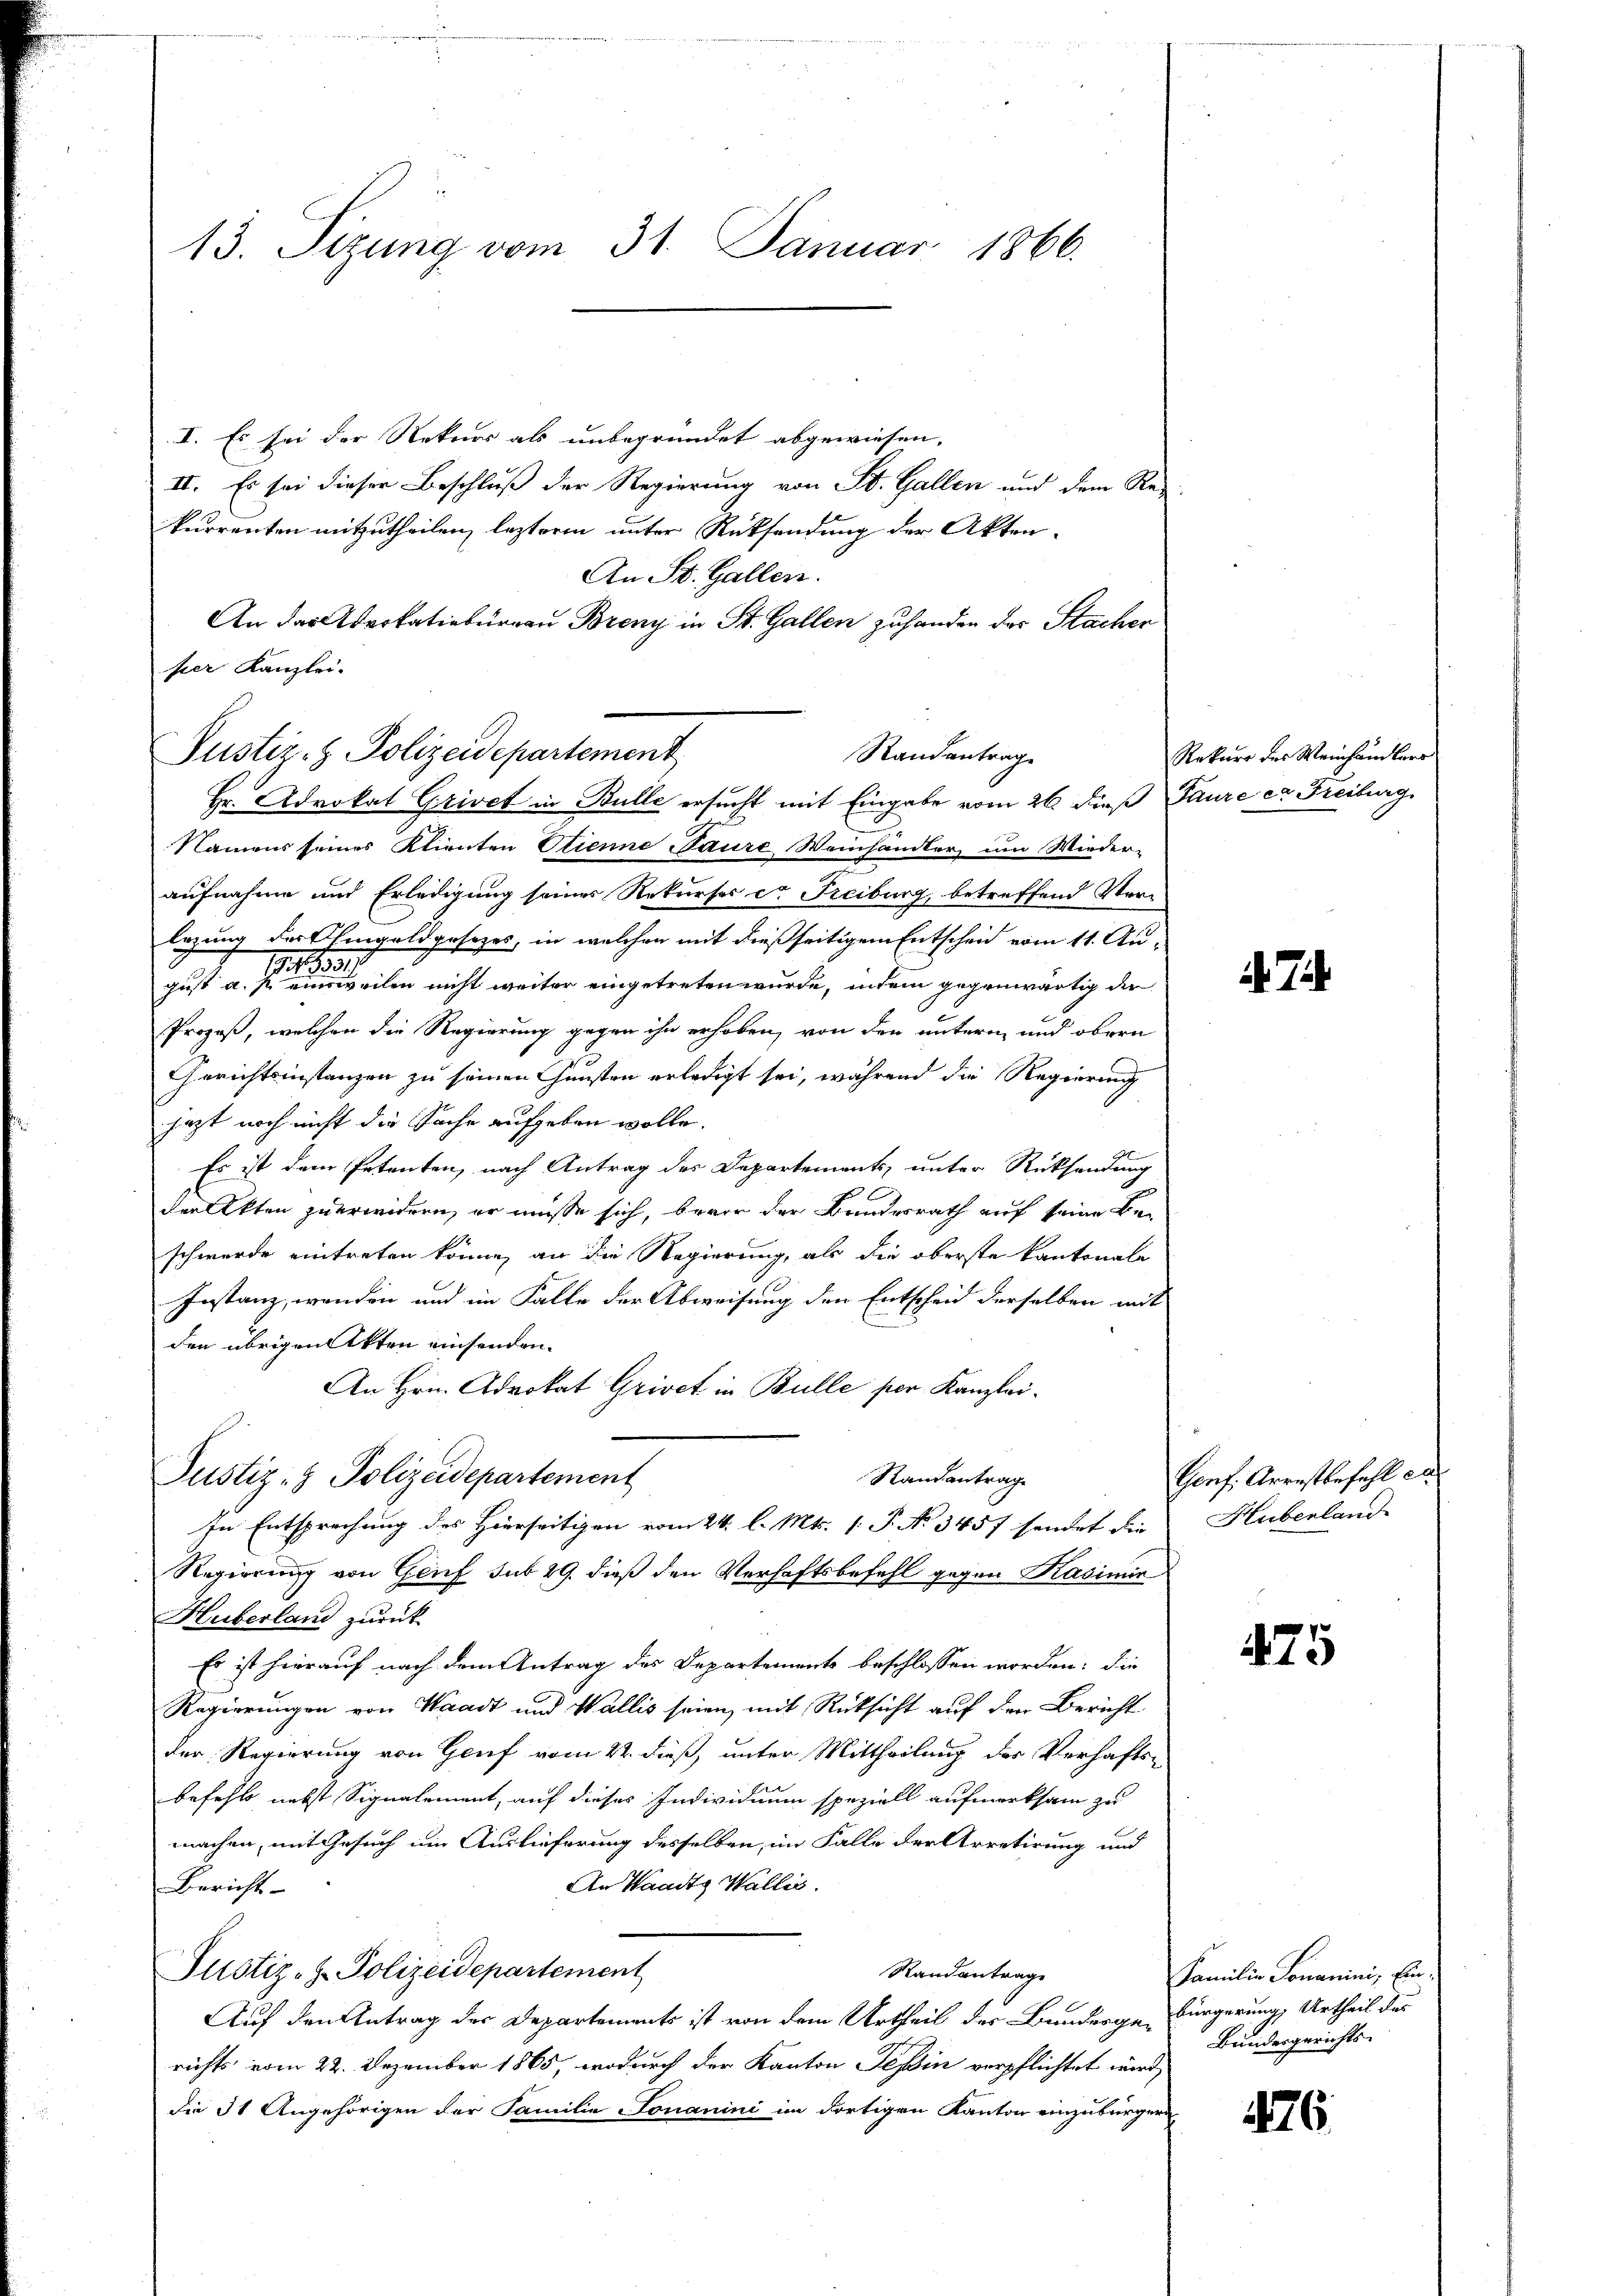
13. Sizung vom 31. Januar 1866.

I. Es sei der Rekurs als unbegründet abgewiesen,
II. Es sei dieser Beschluß der Regierung von St. Gallen und dem Re-
kurrenten mitzutheilen, lezterm unter Rücksendung der Akten¬
An St. Gallen.
An das Advokatioburgau Breny in St. Gallen zuhanden der Stacher
Namens seines Klienten Stienne Paure Weinhändler um Wieder-
aufnahme und Erledigung seines Rekurses er Freiburg, betreffend Verlegung der Eingoldgesezes, in welchen mit dießseitigem Entschein vom 11. Au¬
7
gust a. p. einsweilen nicht weiter eingetreten wurde, indem gegenwärtig der
Prozeß, welchen die Regierung gegen ihn erhoben, von den untern und obern
Gerichtsinstanzen zu seinen Gunsten erledigt sei, während die Regierung
jetzt noch nicht die Sache aufgeben wolle.
Es ist dem Petenten, nach Antrag des Departements, unter Rücksendung
der Akten zuerwidern, er müsse sich, bevor der Bundesrath auf seine Be-
schwerde eintreten könne, an die Regierung, als die oberste Kantonale
Instanz, wenden und im Falle der Abweisung den Entscheid derselben mit
den übrigen Akten einsenden.
An Hrn. Advokat Grivct in Bulle per Kanzlei.
Randantrag
Justiz- & Polizeidepartement
In Entsprechung des Hierseitigen vom 24. l. Mts. 1 P. No 345 f sendet die
Regierung von Genf sub 29. dieß den Verhaftsbefehl gegen Kasimin
Huberland zurück
Es ist hierauf nach dem Antrag des Departements beschlossen worden; die
Regierungen von Waadt und Wallis seien, mit Rücksicht auf den Bericht
der Regierung von Genf vom 22. dieß, unter Mittheilung der Verhafts-
befehlt nebst Signalement, auf dieses Individuum speziell aufmerksam zu
machen, mit Gesuch um Auslieferung desselben, im Falle der Arretirung und
An Waadt, Wallis.
Bericht-
Justiz- & Polizeidepartement
Randantrage
Auf den Antrag der Departements ist von dem Urtheil der Bunderge Bürgerung, Urtheil des
richts vom 22. Dezember 1865, wodurch der Kanton Tessin verpflichtet wird,
die 31 Angehörigen der Familie Fonanini im dortigen Kanton einzubürgern

per Kanzlei-
Justiz- & Polizeidepartement
Randantrage
Hr. Advokat Grivet in Bulle ersucht mit Eingabe vom 26. dieß Paure ca Freiburg

Rekurs des Weinhändlers

Genf. Arrestbefehl ei
Huberland

475

426

Familien Sonamini, Ein
Bundesgerichts-